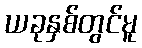
ယခုနှစ်တွင်မူ